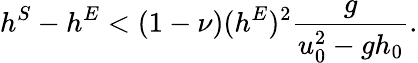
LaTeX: h^{S}-h^{E}<(1-\nu)(h^{E})^{2}\displaystyle\frac{g}{u_{0}^{2}-gh_{0}}.